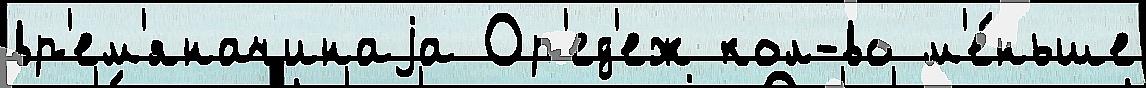
вр'ем'яначинаjа Ор'ед'еж кол-во м'е́ньше